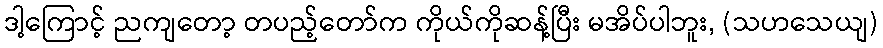
ဒါ့ကြောင့် ညကျတော့ တပည့်တော်က ကိုယ်ကိုဆန့်ပြီး မအိပ်ပါဘူး, (သဟသေယျ)